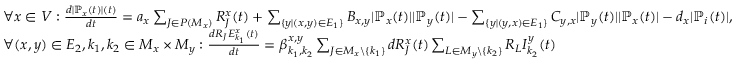
\begin{array} { l } { \forall x \in V : \frac { d | \mathbb { P } _ { x } ( t ) | ( t ) } { d t } = a _ { x } \sum _ { J \in P ( M _ { x } ) } R _ { J } ^ { x } ( t ) + \sum _ { \{ y | ( x , y ) \in E _ { 1 } \} } B _ { x , y } | \mathbb { P } _ { x } ( t ) | | \mathbb { P } _ { y } ( t ) | - \sum _ { \{ y | ( y , x ) \in E _ { 1 } \} } C _ { y , x } | \mathbb { P } _ { y } ( t ) | | \mathbb { P } _ { x } ( t ) | - d _ { x } | \mathbb { P } _ { i } ( t ) | , } \\ { \forall ( x , y ) \in E _ { 2 } , k _ { 1 } , k _ { 2 } \in M _ { x } \times M _ { y } : \frac { d R _ { J } E _ { k _ { 1 } } ^ { x } ( t ) } { d t } = \beta _ { k _ { 1 } , k _ { 2 } } ^ { x , y } \sum _ { J \in M _ { x } \backslash \{ k _ { 1 } \} } d R _ { J } ^ { x } ( t ) \sum _ { L \in M _ { y } \backslash \{ k _ { 2 } \} } R _ { L } I _ { k _ { 2 } } ^ { y } ( t ) } \end{array}